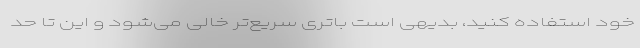
خود استفاده کنید، بدیهی است باتری سریع‌تر خالی می‌شود و این تا حد